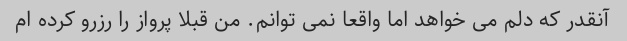
آنقدر که دلم می خواهد اما واقعا نمی توانم. من قبلا پرواز را رزرو کرده ام